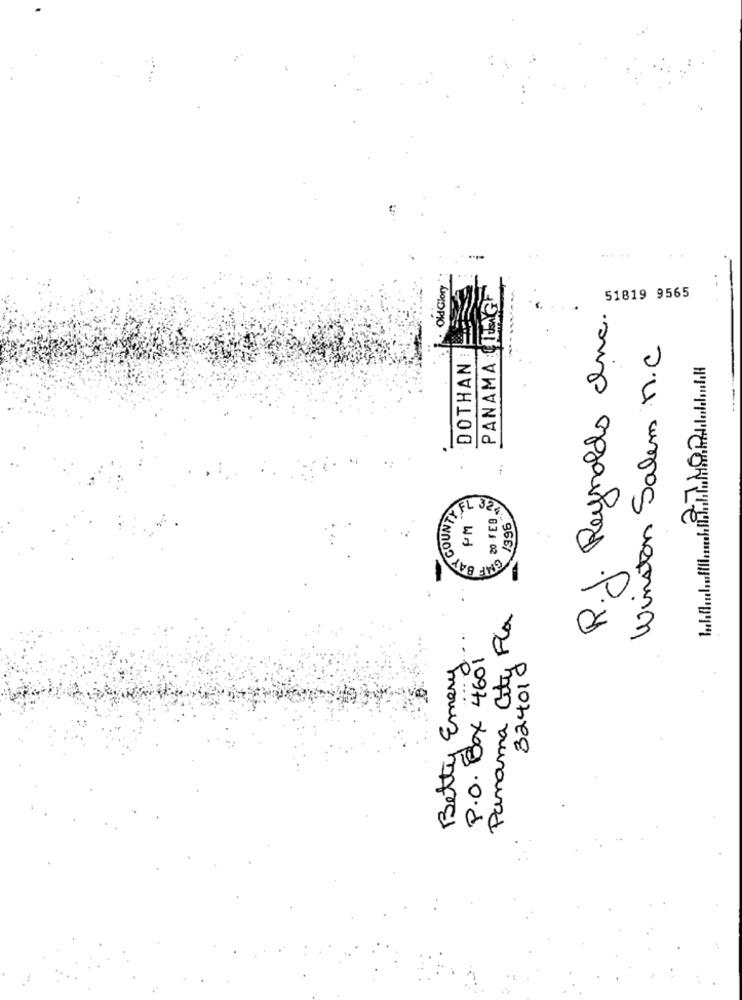
... ..
Old Glory
..
PANAMA ING
51819 9565
R.J. Reynolds Inc.
Winston Salem M.C
DOTHAN :
TY FL 324.
20 FEB
/996
AT COON
-
Panama City Fla
Betty Emery
P.O. Box 4601
324010